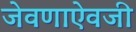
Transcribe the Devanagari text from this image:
जेवणाऐवजी